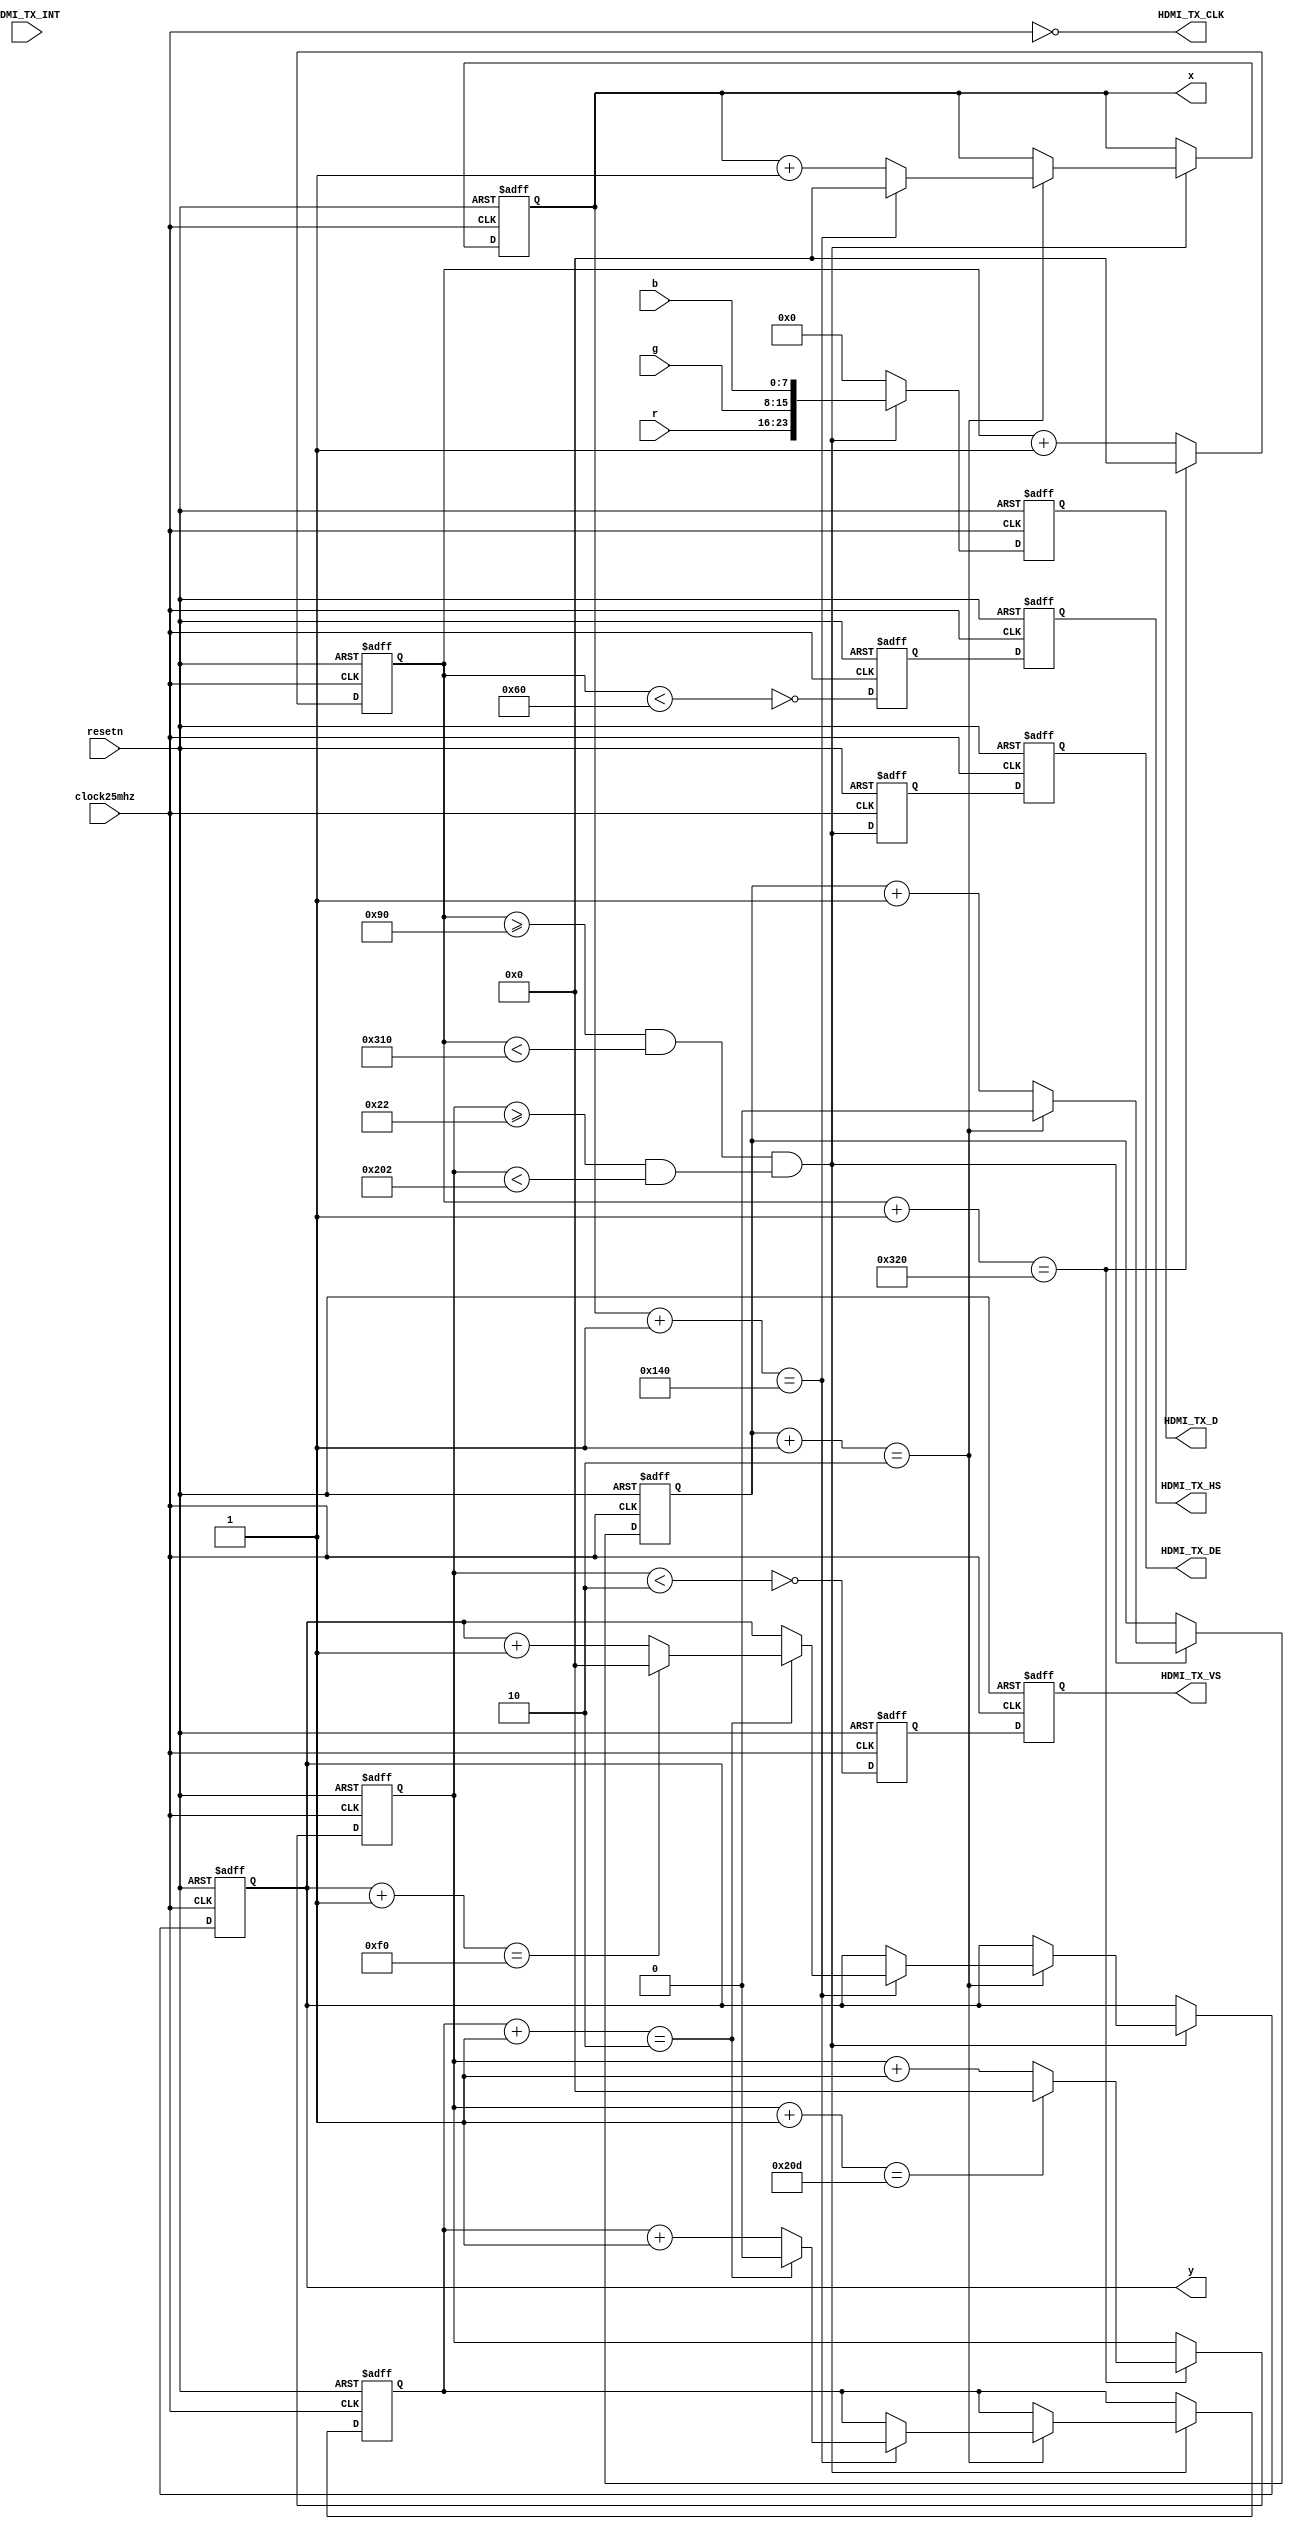
module hdmi(
	clock25mhz, resetn,
	x, y,
	r, g, b,

	//////////// HDMI-TX //////////
	HDMI_TX_CLK,
	HDMI_TX_D,
	HDMI_TX_DE,
	HDMI_TX_HS,
	HDMI_TX_INT,
	HDMI_TX_VS
);

parameter CYCLE_DELAY = 0;

parameter WIDTH = 320;
parameter HEIGHT = 240;
parameter XDIV = 2;
parameter YDIV = 2;
parameter XSTART = 0;
parameter XEND = XSTART + XDIV*WIDTH;
parameter YSTART = 0;
parameter YEND = YSTART + YDIV*HEIGHT;

parameter HSIZE = 640;
parameter VSIZE = 480;
parameter HTOTAL = 800;
parameter VTOTAL = 525;
parameter HSYNC = 96;
parameter VSYNC = 2;
parameter HSTART = 144;
parameter VSTART = 34;
parameter HEND = HSTART + HSIZE;
parameter VEND = VSTART + VSIZE;


input clock25mhz;
input resetn;
output reg [11:0] x;
output reg [11:0] y;
input [7:0] r;
input [7:0] g;
input [7:0] b;

output HDMI_TX_CLK = ~clock25mhz;
output [23:0] HDMI_TX_D = hdmi_data;
output HDMI_TX_DE = hdmi_de[1];
output HDMI_TX_HS = hdmi_hsync[1];
output HDMI_TX_VS = hdmi_vsync[1];
input HDMI_TX_INT;


reg [23:0] hdmi_data;
reg hdmi_de [2];
reg hdmi_hsync [2];
reg hdmi_vsync [2];

reg [11:0] hdmi_hprecount;
reg [11:0] hdmi_vprecount;
reg [11:0] hdmi_hcount;
reg [11:0] hdmi_vcount;
wire hdmi_hactive = hdmi_hcount >= HSTART && hdmi_hcount < HEND;
wire hdmi_vactive = hdmi_vcount >= VSTART && hdmi_vcount < VEND;
wire hdmi_active = hdmi_hactive && hdmi_vactive;
wire hdmi_hpresync = ~(hdmi_hcount < HSYNC);
wire hdmi_vpresync = ~(hdmi_vcount < VSYNC);

always @(posedge clock25mhz or negedge resetn) begin
	if (!resetn) begin
		hdmi_de[0] <= 0;
		hdmi_de[1] <= 0;
		hdmi_hsync[0] <= 0;
		hdmi_hsync[1] <= 0;
		hdmi_vsync[0] <= 0;
		hdmi_vsync[1] <= 0;
		hdmi_hcount <= 0;
		hdmi_vcount <= 0;
	end else begin
		hdmi_de[0] <= hdmi_active;
		hdmi_de[1] <= hdmi_de[0];
		hdmi_hsync[0] <= hdmi_hpresync;
		hdmi_hsync[1] <= hdmi_hsync[0];
		hdmi_vsync[0] <= hdmi_vpresync;
		hdmi_vsync[1] <= hdmi_vsync[0];

		if (hdmi_hcount + 1'b1 == HTOTAL) begin
			hdmi_hcount <= 0;

			if (hdmi_vcount + 1'b1 == VTOTAL) begin
				hdmi_vcount <= 0;
			end else begin
				hdmi_vcount <= hdmi_vcount + 1'b1;
			end
		end else begin
			hdmi_hcount <= hdmi_hcount + 1'b1;
		end
	end
end


wire xactive = hdmi_hcount >= HSTART+XSTART && hdmi_hcount < HSTART+XEND;
wire yactive = hdmi_vcount >= VSTART+YSTART && hdmi_vcount < VSTART+YEND;
wire xsetup = hdmi_hcount >= HSTART+XSTART-CYCLE_DELAY && hdmi_hcount < HSTART+XEND-CYCLE_DELAY;
wire ysetup = hdmi_vcount >= VSTART+YSTART && hdmi_vcount < VSTART+YEND;

reg [$clog2(XDIV)-1:0] xcount;
reg [$clog2(YDIV)-1:0] ycount;

always @(posedge clock25mhz or negedge resetn) begin
	if (!resetn) begin
		hdmi_data <= 0;
		xcount <= 0;
		x <= 0;
		ycount <= 0;
		y <= 0;
	end else begin
		if (xactive && yactive) begin
			hdmi_data <= {r, g, b};
		end else begin
			hdmi_data <= 0;
		end

		if (xsetup && ysetup) begin
			if (xcount + 1'b1 == XDIV) begin
				xcount <= 0;
				if (x + 1'b1 == WIDTH) begin
					x <= 0;
					if (ycount + 1'b1 == YDIV) begin
						ycount <= 0;
						if (y + 1'b1 == HEIGHT) begin
							y <= 0;
						end else begin
							y <= y + 1'b1;
						end
					end else begin
						ycount <= ycount + 1'b1;
					end
				end else begin
					x <= x + 1'b1;
				end
			end else begin
				xcount <= xcount + 1'b1;
			end
		end
	end
end

endmodule